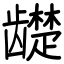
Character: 𬺓